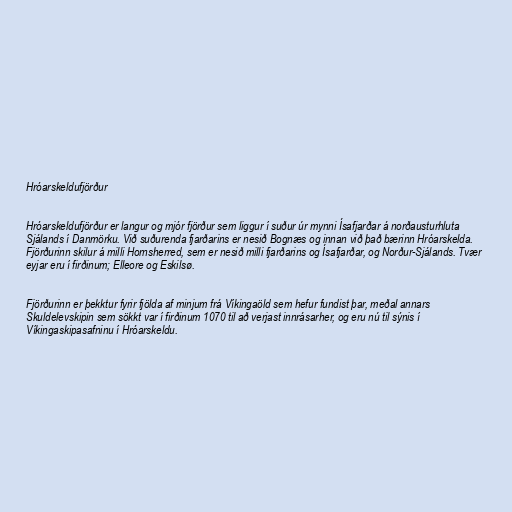
Hróarskeldufjörður

Hróarskeldufjörður er langur og mjór fjörður sem liggur í suður úr mynni Ísafjarðar á norðausturhluta
Sjálands í Danmörku. Við suðurenda fjarðarins er nesið Bognæs og innan við það bærinn Hróarskelda.
Fjörðurinn skilur á milli Hornsherred, sem er nesið milli fjarðarins og Ísafjarðar, og Norður-Sjálands. Tvær
eyjar eru í firðinum; Elleore og Eskilsø.

Fjörðurinn er þekktur fyrir fjölda af minjum frá Víkingaöld sem hefur fundist þar, meðal annars
Skuldelevskipin sem sökkt var í firðinum 1070 til að verjast innrásarher, og eru nú til sýnis í
Víkingaskipasafninu í Hróarskeldu.